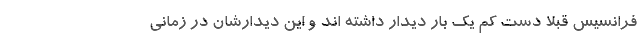
فرانسیس قبلا دست کم یک بار دیدار داشته اند و این دیدارشان در زمانی